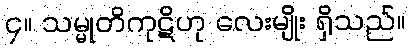
၄။ သမ္မုတိကုဋိဟု လေးမျိုး ရှိသည်။